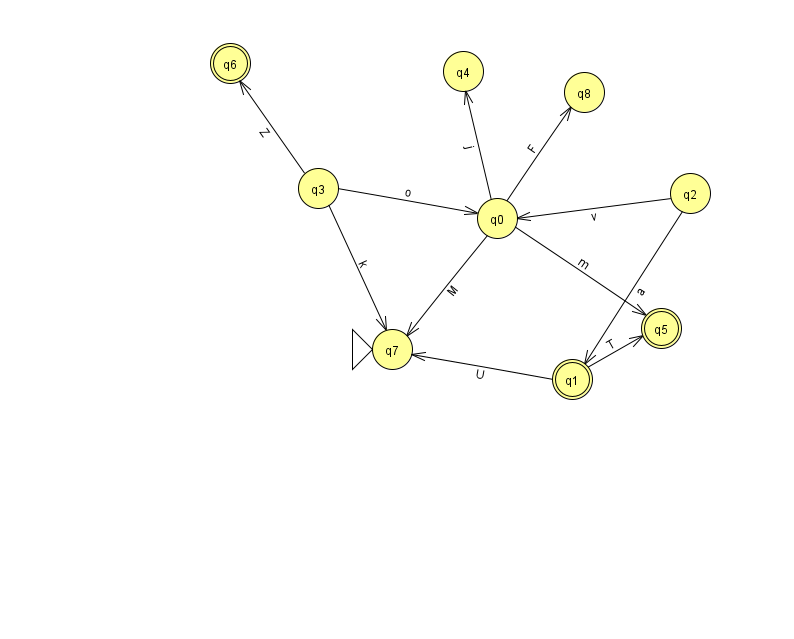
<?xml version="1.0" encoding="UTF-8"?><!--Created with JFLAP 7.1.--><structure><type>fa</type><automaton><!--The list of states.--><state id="0" name="q0"><x>497.0</x><y>205.0</y></state><state id="1" name="q1"><x>572.0</x><y>366.0</y><final/></state><state id="2" name="q2"><x>690.0</x><y>180.0</y></state><state id="3" name="q3"><x>318.0</x><y>175.0</y></state><state id="4" name="q4"><x>463.0</x><y>58.0</y></state><state id="5" name="q5"><x>661.0</x><y>315.0</y><final/></state><state id="6" name="q6"><x>230.0</x><y>50.0</y><final/></state><state id="7" name="q7"><x>392.0</x><y>336.0</y><initial/></state><state id="8" name="q8"><x>584.0</x><y>79.0</y></state><!--The list of transitions.--><transition><from>1</from><to>5</to><read>T</read></transition><transition><from>0</from><to>5</to><read>m</read></transition><transition><from>2</from><to>1</to><read>a</read></transition><transition><from>3</from><to>0</to><read>o</read></transition><transition><from>0</from><to>8</to><read>F</read></transition><transition><from>3</from><to>7</to><read>k</read></transition><transition><from>0</from><to>7</to><read>M</read></transition><transition><from>3</from><to>6</to><read>Z</read></transition><transition><from>2</from><to>0</to><read>v</read></transition><transition><from>0</from><to>4</to><read>j</read></transition><transition><from>1</from><to>7</to><read>U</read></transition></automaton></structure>